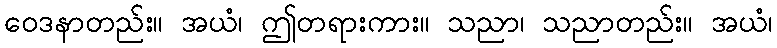
ဝေဒနာတည်း။ အယံ၊ ဤတရားကား။ သညာ၊ သညာတည်း။ အယံ၊